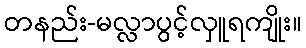
တနည်း-မလ္လာပွင့်လှူရကျိုး။